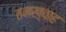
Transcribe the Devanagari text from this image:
तनख़्वाह